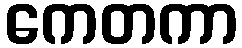
ကေတကာ